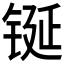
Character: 𮣴